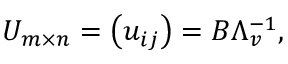
U _ { m \times n } = \left( u _ { i j } \right) = B \Lambda _ { v } ^ { - 1 } ,